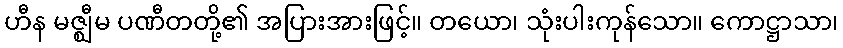
ဟီန မဇ္ဈီမ ပဏီတတို့၏ အပြားအားဖြင့်။ တယော၊ သုံးပါးကုန်သော။ ကောဋ္ဌာသာ၊